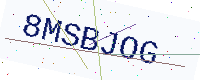
Text: 8MSBJOG